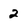
Character: 2